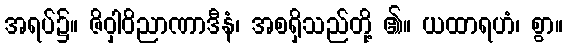
အရပ်၌။ ဇိဝှါဝိညာဏာဒီနံ၊ အစရှိသည်တို့ ၏။ ယထာရဟံ၊ စွာ။